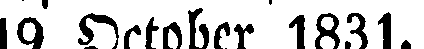
19 October 1831.